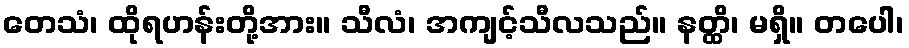
တေသံ၊ ထိုရဟန်းတို့အား။ သီလံ၊ အကျင့်သီလသည်။ နတ္ထိ၊ မရှိ။ တပေါ၊